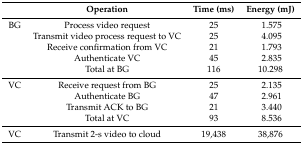
|  | Operation | Time (ms) | Energy (mJ) |
 | --- | --- | --- | --- |
 | BG | Process video request | 25 | 1.575 |
 |  | Transmit video process request to VC | 25 | 4.095 |
 |  | Receive confirmation from VC | 21 | 1.793 |
 |  | Authenticate VC | 45 | 2.835 |
 |  | Total at BG | 116 | 10.298 |
 | VC | Receive request from BG | 25 | 2.135 |
 |  | Authenticate BG | 47 | 2.961 |
 |  | Transmit ACK to BG | 21 | 3.440 |
 |  | Total at VC | 93 | 8.536 |
 | VC | Transmit 2-s video to cloud | 19,438 | 38,876 |